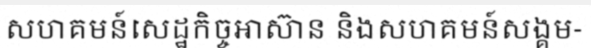
សហគមន៍សេដ្ឋកិច្ចអាស៊ាន និងសហគមន៍សង្គម-